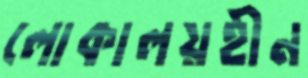
লোকালয়হীন